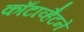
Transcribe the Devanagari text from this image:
काँटाव्हैटने